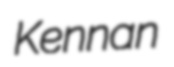
Kennan